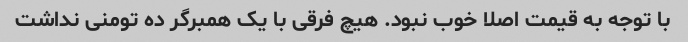
با توجه به قیمت اصلا خوب نبود. هیچ فرقی با یک همبرگر ده تومنی نداشت